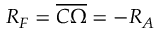
R _ { F } = \overline { { C \Omega } } = - R _ { A }